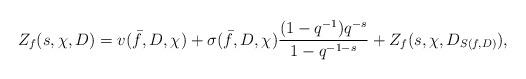
LaTeX: \begin{align*}Z_f(s, \chi, D)=v(\bar{f}, D, \chi)&+\sigma(\bar{f}, D, \chi)\dfrac{(1-q^{-1})q^{-s}}{1-q^{-1-s}}+Z_f(s, \chi, D_{S(f, D)}),\end{align*}